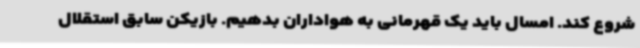
شروع کند. امسال باید یک قهرمانی به هواداران بدهیم. بازیکن سابق استقلال